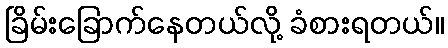
ခြိမ်းခြောက်နေတယ်လို့ ခံစားရတယ်။